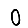
Digit: 0